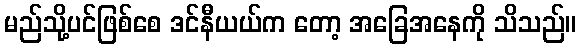
မည်သို့ပင်ဖြစ်စေ ဒင်နီယယ်က တော့ အခြေအနေကို သိသည်။